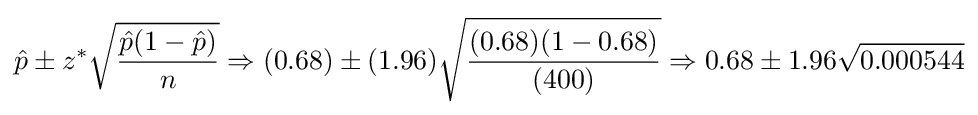
{\hat {p}}\pm z^{*}{\sqrt {\frac {{\hat {p}}(1-{\hat {p}})}{n}}}\Rightarrow (0.68)\pm (1.96){\sqrt {\frac {(0.68)(1-0.68)}{(400)}}}\Rightarrow 0.68\pm 1.96{\sqrt {0.000544}}